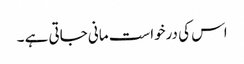
اس کی درخواست مانی جاتی ہے ۔